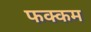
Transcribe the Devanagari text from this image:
फक्कम